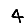
Digit: 4